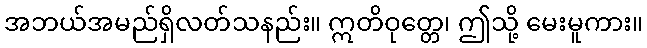
အဘယ်အမည်ရှိလတ်သနည်း။ ဣတိဝုတ္တေ၊ ဤသို့ မေးမူကား။